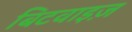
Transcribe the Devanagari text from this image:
बिटवाइज़